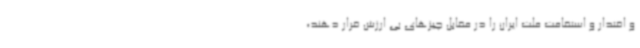
و اقتدار و استقامت ملت ایران را در مقابل چیزهای بی ارزش قرار دهند،